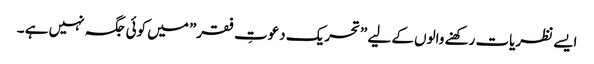
ایسے نظریات رکھنے والوں کے لیے ”تحریک دعوتِ فقر” میں کوئی جگہ نہیں ہے ۔